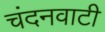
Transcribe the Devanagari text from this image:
चंदनवाटी